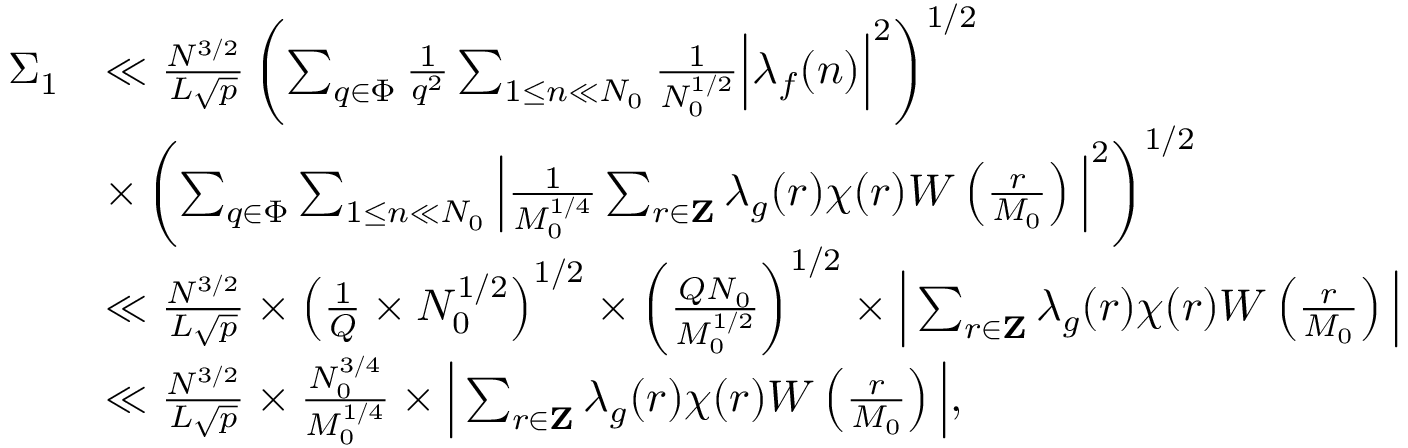
\begin{array} { r l } { \Sigma _ { 1 } } & { \ll \frac { N ^ { 3 / 2 } } { L \sqrt { p } } \left( \sum _ { q \in \Phi } \frac { 1 } { q ^ { 2 } } \sum _ { 1 \leq n \ll N _ { 0 } } \frac { 1 } { N _ { 0 } ^ { 1 / 2 } } \Big | \lambda _ { f } ( n ) \Big | ^ { 2 } \right) ^ { 1 / 2 } } \\ & { \times \left( \sum _ { q \in \Phi } \sum _ { 1 \leq n \ll N _ { 0 } } \Big | \frac { 1 } { M _ { 0 } ^ { 1 / 4 } } \sum _ { r \in \mathbf { Z } } \lambda _ { g } ( r ) \chi ( r ) W \left( \frac { r } { M _ { 0 } } \right) \Big | ^ { 2 } \right) ^ { 1 / 2 } } \\ & { \ll \frac { N ^ { 3 / 2 } } { L \sqrt { p } } \times \left( \frac { 1 } { Q } \times N _ { 0 } ^ { 1 / 2 } \right) ^ { 1 / 2 } \times \left( \frac { Q N _ { 0 } } { M _ { 0 } ^ { 1 / 2 } } \right) ^ { 1 / 2 } \times \Big | \sum _ { r \in \mathbf { Z } } \lambda _ { g } ( r ) \chi ( r ) W \left( \frac { r } { M _ { 0 } } \right) \Big | } \\ & { \ll \frac { N ^ { 3 / 2 } } { L \sqrt { p } } \times \frac { N _ { 0 } ^ { 3 / 4 } } { M _ { 0 } ^ { 1 / 4 } } \times \Big | \sum _ { r \in \mathbf { Z } } \lambda _ { g } ( r ) \chi ( r ) W \left( \frac { r } { M _ { 0 } } \right) \Big | , } \end{array}